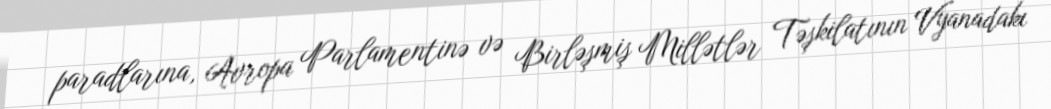
paradlarına, Avropa Parlamentinə və Birləşmiş Millətlər Təşkilatının Vyanadakı